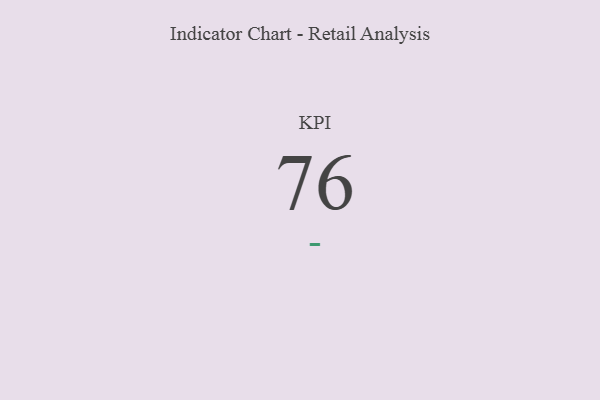
{"axis": {"x": "KPI", "y": "Value"}, "legend": [""], "data": [{"x": "KPI", "y": 76, "type": ""}]}